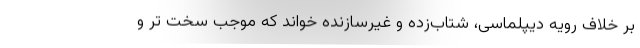
بر خلاف رویه دیپلماسی، شتاب‌زده و غیرسازنده خواند که موجب سخت تر و